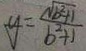
y = \frac { \sqrt { b ^ { 2 } + 1 } } { b ^ { 2 } + 1 }